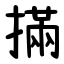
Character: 㨺